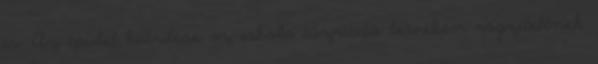
is. Az épület kiürítése az iskola tűzriadó tervében rögzítettnek